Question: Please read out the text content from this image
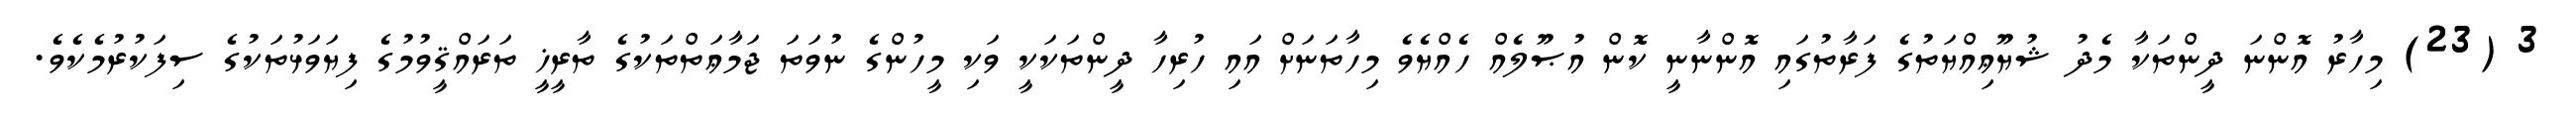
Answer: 3 (23) މިހާރު އޮންނަ ދީންތަކާ މެދު ޝުޔޫޢިއްޔަތުގެ ފަރާތުގައި އޮންނާނީ ކޮން އުޞޫލެއް ހެއްޔެވެ މިހާތަނަށް އައި ހުރިހާ ދީންތަކަކީ ވަކި މީހުންގެ ނުވަތަ ޖަމާޢަތްތަކުގެ ތާރީޚީ ތަރައްޤީވުމުގެ ފިޔަވަޅުތަކުގެ ސިފަކުރުމެކެވެ.